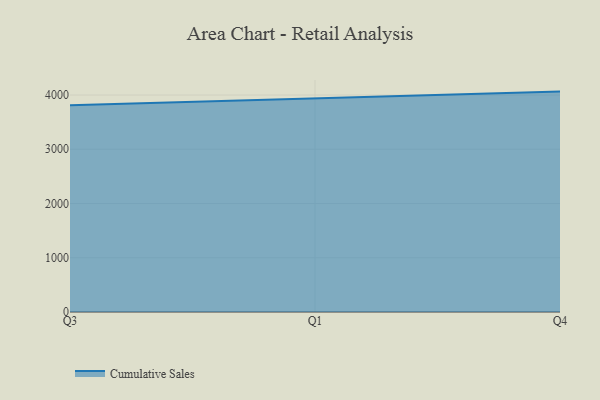
{"axis": {"x": "Quarter", "y": "Latency (ms)"}, "legend": ["Cumulative Sales"], "data": [{"x": "Q3", "y": 3812.7, "type": "Cumulative Sales"}, {"x": "Q1", "y": 3939.6, "type": "Cumulative Sales"}, {"x": "Q4", "y": 4063.5, "type": "Cumulative Sales"}]}